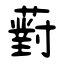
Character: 薱